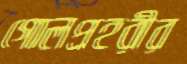
গোলপ্রহরীর